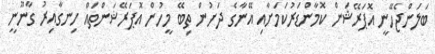
ބަލަންޖެހޭނީ އޮޕަރޭޝަން ކޮމާންޑަރުކަމަށާއި އޭނާގެ ދަށުން ތިބޭ މީހުން އޮޕަރޭޝަންތައް ހިނގާއިރު ގާނޫނީ